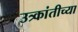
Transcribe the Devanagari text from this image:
उत्र्कांतीच्या